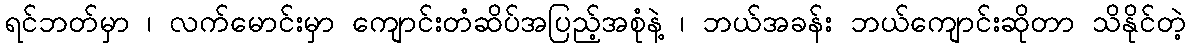
ရင်ဘတ်မှာ ၊ လက်မောင်းမှာ ကျောင်းတံဆိပ်အပြည့်အစုံနဲ့ ၊ ဘယ်အခန်း ဘယ်ကျောင်းဆိုတာ သိနိုင်တဲ့